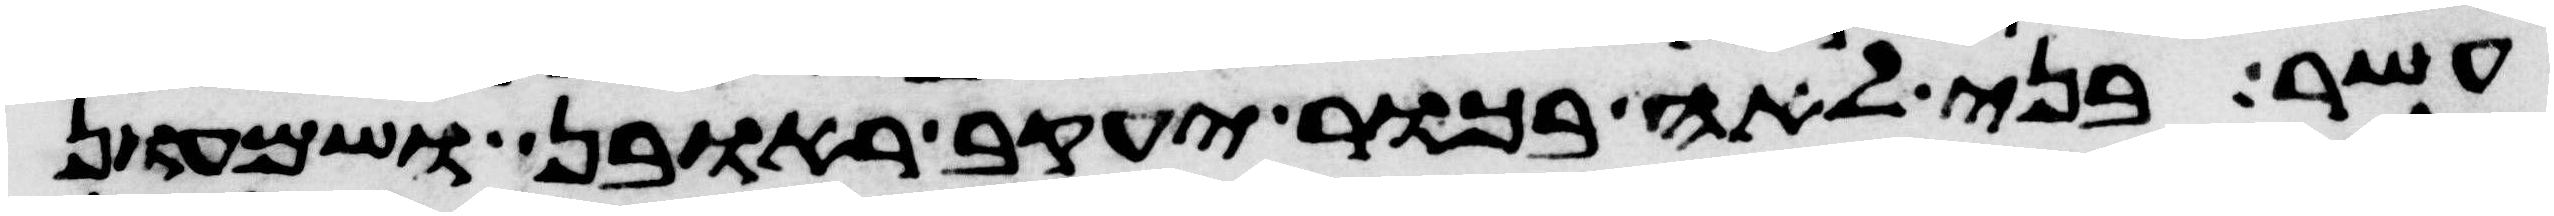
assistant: עשר בני לאה בכור יעקב ראובן ושמעון